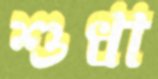
শুধা